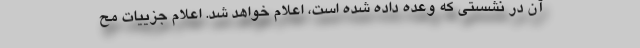
آن در نشستی که وعده داده شده است، اعلام خواهد شد. اعلام جزییات مح